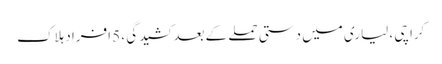
کراچی ، لیاری میں دستی حملے کے بعد کشیدگی ، 5 افراد ہلاک